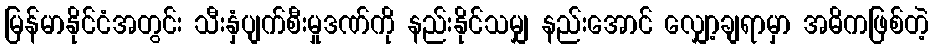
မြန်မာနိုင်ငံအတွင်း သီးနှံပျက်စီးမှုဒဏ်ကို နည်းနိုင်သမျှ နည်းအောင် လျှော့ချရာမှာ အဓိကဖြစ်တဲ့